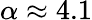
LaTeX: \alpha\approx 4.1